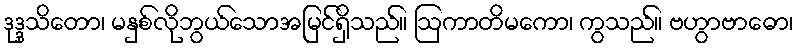
ဒုဒ္ဒသိတော၊ မနှစ်လိုဘွယ်သောအမြင်ရှိသည်။ ဩကာတိမကော၊ ကွသည်။ ဗဟွာဗာဓော၊